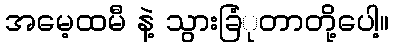
အမေ့ထမီ နဲ့ သွားခြံုတာတို့ပေါ့။